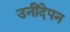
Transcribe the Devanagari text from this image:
उनींदेपन